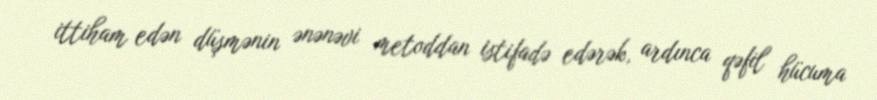
ittiham edən düşmənin ənənəvi metoddan istifadə edərək, ardınca qəfil hücuma